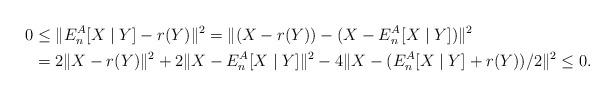
LaTeX: \begin{align*} 0 &\le \| E_n^A[X\mid Y] - r(Y) \|^2 = \|(X-r(Y))-(X-E_n^A[X\mid Y])\|^2 \\ &= 2\|X-r(Y)\|^2+ 2\|X-E_n^A[X\mid Y]\|^2 - 4\|X-(E_n^A[X\mid Y]+r(Y))/2\|^2 \le 0.\end{align*}